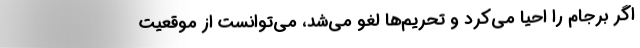
اگر برجام را احیا می‌كرد و تحریم‌ها لغو می‌شد، می‌توانست از موقعیت